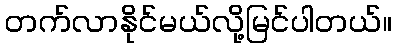
တက်လာနိုင်မယ်လို့မြင်ပါတယ်။